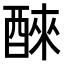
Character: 𫑹